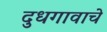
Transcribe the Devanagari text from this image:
दुधगावाचे